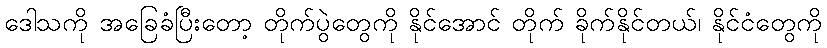
ဒေါသကို အခြေခံပြီးတော့ တိုက်ပွဲတွေကို နိုင်အောင် တိုက် ခိုက်နိုင်တယ်၊ နိုင်ငံတွေကို